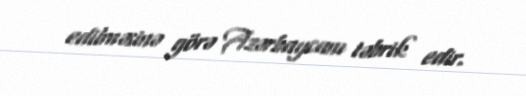
edilməsinə görə Azərbaycanı təbrik edir.